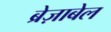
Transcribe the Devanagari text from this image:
ब्रेज़ाबेल